Report on vaccination in Madras 1895-1903 - 1895-1903
Year: 1895
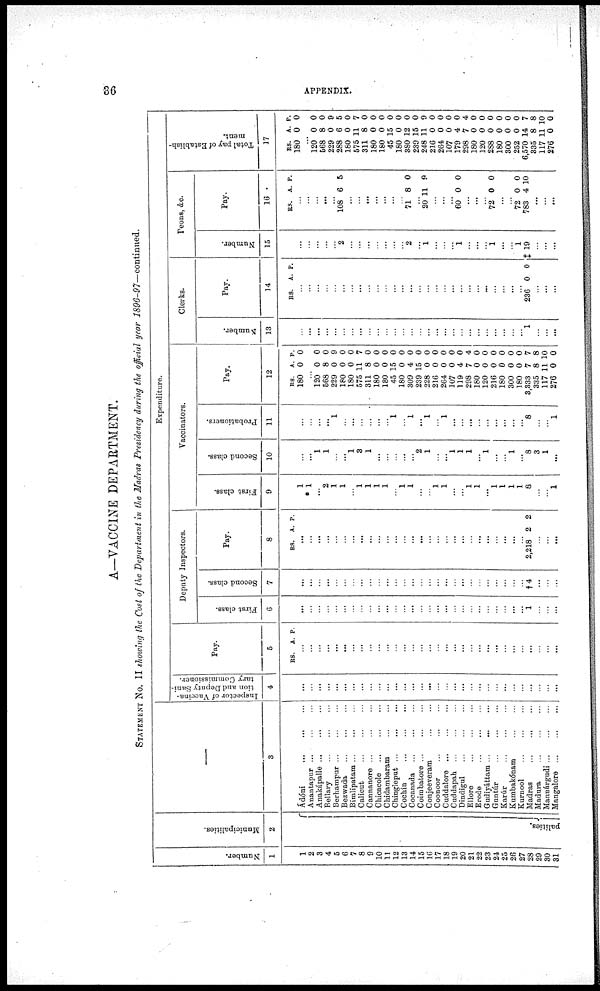
36
APPENDIX.
A—VACCINE DEPARTMENT.
STATEMENT No. II showing the Cost of the Department in the Madras Presidency during the official year 1896-97—continued.
Number.
1
1
2
3
4
5
6
7
8
9
10
11
12
13
14
15
16
17
18
19
20
21
22
23
24
25
26
27
28
29
30
31
Municipalities.
2
palities.
—
3
Àdóni
...
...
...
Anantapur ...
...
...
Anakápalle
...
...
...
Bellary ... ... ...
Berhampur ... ... ...
Bezwada
...
...
...
Bimlipatam ...
... ...
Calicut
...
...
...
Cannanore ... ... ...
Chicacole
...
...
...
Chidambaram
...
...
Chingleput
...
...
...
Cochin
...
...
...
Cocanada
...
...
...
Coimbatore
...
...
...
Conjeeveram
...
...
Coonoor ... ... ...
Cuddalore
...
...
...
Cuddapah
...
...
...
Dindigul
...
...
...
Ellore
...
...
...
Erode
...
...
...
Gudiyáttam ... ... ...
Guntúr
...
...
...
Karúr
...
...
...
Kumbakónam
...
...
Kurnool
...
...
...
Madras ... ... ...
Madura
...
...
...
Mannárgudi
...
...
...
Mangalore
...
...
...
Expenditure.
Inspector of Vaccina-
tion and Deputy Sani-
tary Commissioner.
4
...
...
...
...
...
...
...
...
...
...
...
...
...
...
...
...
...
...
...
...
...
...
...
...
...
...
...
...
...
...
...
Pay.
5
RS. A. P.
...
...
...
...
...
...
...
...
...
...
...
...
...
...
...
...
...
...
...
...
...
...
...
...
...
...
...
...
...
...
...
Deputy Inspectors.
First class.
6
...
...
...
...
...
...
...
...
...
...
...
...
...
...
...
...
...
...
...
...
...
...
...
...
...
...
...
1
...
...
...
Second class.
7
...
...
...
...
...
...
...
...
...
...
...
...
...
...
...
...
...
...
...
...
...
...
...
...
...
...
...
†4
...
...
...
Pay.
8
RS. A. P.
...
...
...
...
...
...
...
...
...
...
...
...
...
...
...
...
...
...
...
...
...
...
...
...
...
...
...
2,218 2 2
...
...
...
Vaccinators.
First class.
9
1
* 1
...
2
1
1
...
1
1
1
1
...
1
1
...
...
1
1
...
...
1
1
...
1
1
1
1
8
...
...
1
Second class.
10
...
...
1
1
...
...
1
3
1
...
...
...
...
...
2
1
...
...
1
1
1
...
1
...
...
1
...
8
3
1
...
Probationers.
11
...
...
...
...
1
...
...
...
...
...
...
1
...
1
...
1
...
1
...
...
...
...
...
...
...
...
...
8
...
...
1
Pay.
12
RS.
180
A.
0
P.
0
...
120
568
229
180
180
575
311
180
180
45
180
309
239
228
216
264
107
119
298
180
120
216
180
300
180
3,333
335
117
276
0
8
0
0
0
11
8
0
0
15
0
4
15
0
0
0
0
4
7
0
0
0
0
0
0
7
8
11
0
0
0
9
0
0
7
0
0
0
0
0
0
0
0
0
0
0
0
4
0
0
0
0
0
0
7
8
10
0
Clerks.
Number.
13
...
...
...
...
...
...
...
...
...
...
...
...
...
...
...
...
...
...
...
...
...
...
...
...
...
...
...
1
...
...
...
Pay.
14
RS. A. P.
...
...
...
...
...
...
...
...
...
...
...
...
...
...
...
...
...
...
...
...
...
...
...
...
...
...
...
236 0 0
...
...
...
Peons, &c.
Number.
15
...
...
...
...
...
2
...
...
...
...
...
...
...
2
...
1
...
...
...
1
...
...
...
1
...
...
1
‡ 19
...
...
...
Pay.
16
RS. A. P.
...
...
...
...
...
108 6 5
...
...
...
...
...
...
...
71 8 0
...
20 11 9
...
...
...
60 0 0
...
...
...
72 0 0
...
...
72
783
0
4
0
10
...
...
...
Total pay of Establish-
ment.
17
RS.
180
A.
0
P.
0
...
120
568
229
288
180
575
311
180
180
45
180
380
239
248
216
264
107
179
298
180
120
288
180
300
252
6,570
335
117
276
0
8
0
6
0
11
8
0
0
15
0
12
15
11
0
0
0
4
7
0
0
0
0
0
0
14
8
11
0
0
0
9
5
0
7
0
0
0
0
0
0
0
9
0
0
0
0
4
0
0
0
0
0
0
7
8
10
0